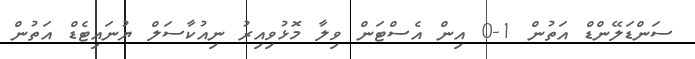
ސަންޑަލޭންޑް އަތުން 1-0 އިން އެސްޓަން ވިލާ މޮޅުވިއިރު ނިއުކާސަލް ޔުނައިޓެޑް އަތުން